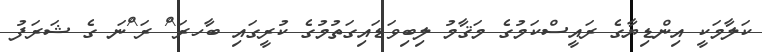
ކަލާމަކީ އިންޑިޔާގެ ރައީސްކަމުގެ މަޤާމު ލިބިވަޑައިގަތުމުގެ ކުރީގައި ބާހރަ^ް ރަ^ްނަ ގެ ޝަރަފު